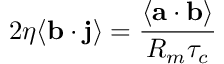
{ \displaystyle 2 \eta \mathbf { \left\langle b \cdot j \right\rangle } = \frac { \left\langle \mathbf { a } \cdot \mathbf { b } \right\rangle } { R _ { m } \tau _ { c } } }